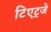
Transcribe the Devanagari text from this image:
टिएट्जे